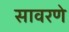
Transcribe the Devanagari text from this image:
सावरणे